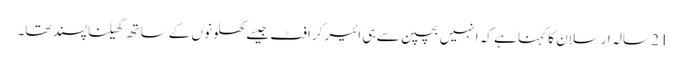
21 سالہ ارسلان کا کہنا ہے کہ انہیں بچپن سے ہی ائیر کرافٹ جیسے کھلونوں کے ساتھ کھیلنا پسند تھا۔